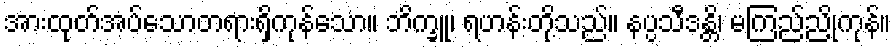
အားထုတ်အပ်သောတရားရှိကုန်သော။ ဘိက္ခူ၊ ရဟန်းတို့သည်။ နပ္ပသီဒန္တိ၊ မကြည်ညိုကုန်။